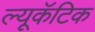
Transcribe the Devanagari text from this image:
ल्यूकॅटिक